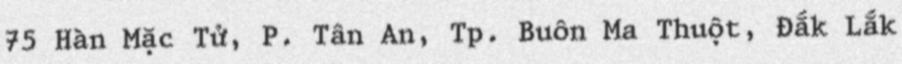
75 Hàn Mặc Tử, P. Tân An, Tp. Buôn Ma Thuột, Đắk Lắk